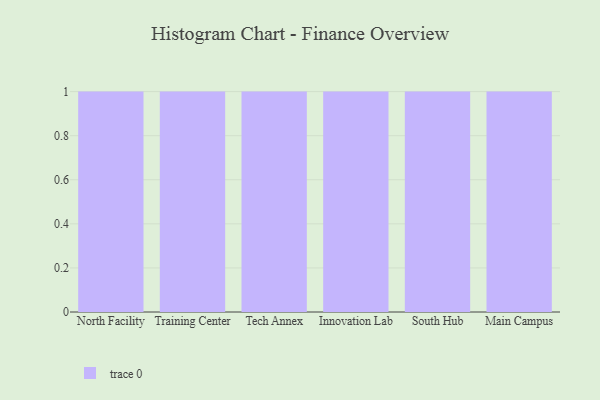
{"axis": {"x": "Campus", "y": "Latency (ms)"}, "legend": [""], "data": [{"x": "North Facility", "y": 90, "type": ""}, {"x": "Training Center", "y": 62, "type": ""}, {"x": "Tech Annex", "y": 33, "type": ""}, {"x": "Innovation Lab", "y": 57, "type": ""}, {"x": "South Hub", "y": 59, "type": ""}, {"x": "Main Campus", "y": 37, "type": ""}]}